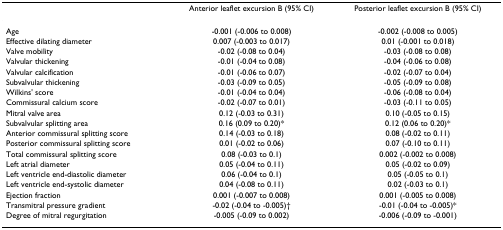
<table><thead><tr><td></td><td><b>Anterior leaflet excursion B (95% CI)</b></td><td><b>Posterior leaflet excursion B (95% CI)</b></td></tr></thead><tbody><tr><td>Age</td><td>-0.001 (-0.006 to 0.008)</td><td>-0.002 (-0.008 to 0.005)</td></tr><tr><td>Effective dilating diameter</td><td>0.007 (-0.003 to 0.017)</td><td>0.01 (-0.001 to 0.018)</td></tr><tr><td>Valve mobility</td><td>-0.02 (-0.08 to 0.04)</td><td>-0.03 (-0.08 to 0.08)</td></tr><tr><td>Valvular thickening</td><td>-0.01 (-0.04 to 0.08)</td><td>-0.04 (-0.06 to 0.08)</td></tr><tr><td>Valvular calcification</td><td>-0.01 (-0.06 to 0.07)</td><td>-0.02 (-0.07 to 0.04)</td></tr><tr><td>Subvalvular thickening</td><td>-0.03 (-0.09 to 0.05)</td><td>-0.05 (-0.09 to 0.08)</td></tr><tr><td>Wilkins&#x27; score</td><td>-0.01 (-0.04 to 0.04)</td><td>-0.06 (-0.08 to 0.04)</td></tr><tr><td>Commissural calcium score</td><td>-0.02 (-0.07 to 0.01)</td><td>-0.03 (-0.11 to 0.05)</td></tr><tr><td>Mitral valve area</td><td>0.12 (-0.03 to 0.31)</td><td>0.10 (-0.05 to 0.15)</td></tr><tr><td>Subvalvular splitting area</td><td>0.16 (0.09 to 0.20)*</td><td>0.12 (0.06 to 0.20)*</td></tr><tr><td>Anterior commissural splitting score</td><td>0.14 (-0.03 to 0.18)</td><td>0.08 (-0.02 to 0.11)</td></tr><tr><td>Posterior commissural splitting score</td><td>0.01 (-0.02 to 0.06)</td><td>0.07 (-0.10 to 0.11)</td></tr><tr><td>Total commissural splitting score</td><td>0.08 (-0.03 to 0.1)</td><td>0.002 (-0.002 to 0.008)</td></tr><tr><td>Left atrial diameter</td><td>0.05 (-0.04 to 0.11)</td><td>0.05 (-0.02 to 0.09)</td></tr><tr><td>Left ventricle end-diastolic diameter</td><td>0.06 (-0.04 to 0.1)</td><td>0.05 (-0.05 to 0.1)</td></tr><tr><td>Left ventricle end-systolic diameter</td><td>0.04 (-0.08 to 0.11)</td><td>0.02 (-0.03 to 0.1)</td></tr><tr><td>Ejection fraction</td><td>0.001 (-0.007 to 0.008)</td><td>0.001 (-0.005 to 0.008)</td></tr><tr><td>Transmitral pressure gradient</td><td>-0.02 (-0.04 to -0.005)†</td><td>-0.01 (-0.04 to -0.005)*</td></tr><tr><td>Degree of mitral regurgitation</td><td>-0.005 (-0.09 to 0.002)</td><td>-0.006 (-0.09 to -0.001)</td></tr></tbody></table>